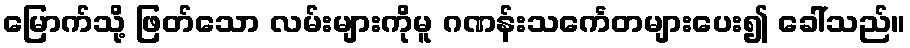
မြောက်သို့ ဖြတ်သော လမ်းများကိုမူ ဂဏန်းသင်္ကေတများပေး၍ ခေါ်သည်။